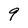
Character: q